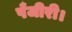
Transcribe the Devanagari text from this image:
पँजीरी।